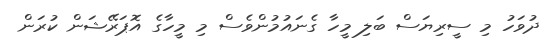
ދުވަހު މި ސީރިޔަސް ބަލި މީހާ ގެނައުމުންވެސް މި މީހާގެ އޮޕަރޭޝަން ކުރަން